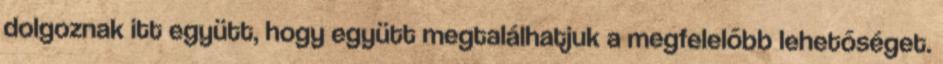
dolgoznak itt együtt, hogy együtt megtalálhatjuk a megfelelőbb lehetőséget.